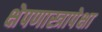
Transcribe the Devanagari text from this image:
क्षेपणास्त्रापेक्षा